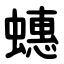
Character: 蟪